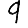
Digit: 9